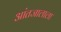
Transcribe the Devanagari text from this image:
आंतजालाला